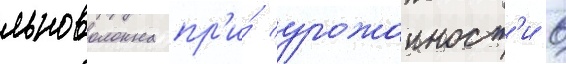
льноволокна пр'и́ урожаиност'и 6